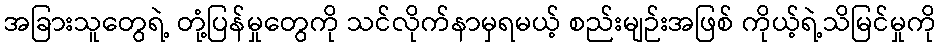
အခြားသူတွေရဲ့ တုံ့ပြန်မှုတွေကို သင်လိုက်နာမှရမယ့် စည်းမျဉ်းအဖြစ် ကိုယ့်ရဲ့သိမြင်မှုကို